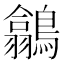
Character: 𪅲